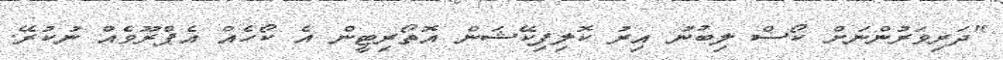
"ދަރިވަރުންނަށް ކޯސް ލިބުނު އިރު ކޮލިފިކޭޝަން އޮތޯރިޓީން އެ ކޯހެއް އެޕްރޫވެއް ނުކުރޭ.